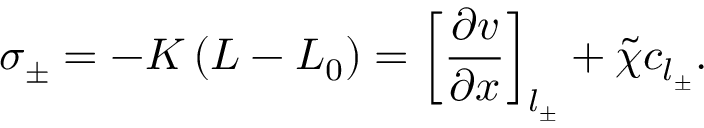
\sigma _ { \pm } = - K \left( L - L _ { 0 } \right) = \left[ \frac { \partial v } { \partial x } \right] _ { l _ { \pm } } + \Tilde { \chi } c _ { l _ { \pm } } .